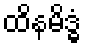
ထိနမိဒ္ဓံ